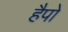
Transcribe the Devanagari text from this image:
हैपो